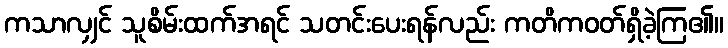
ကသာလျှင် သူစိမ်းထက်အရင် သတင်းပေးရန်လည်း ကတိကဝတ်ရှိခဲ့ကြ၏။